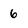
Character: 6